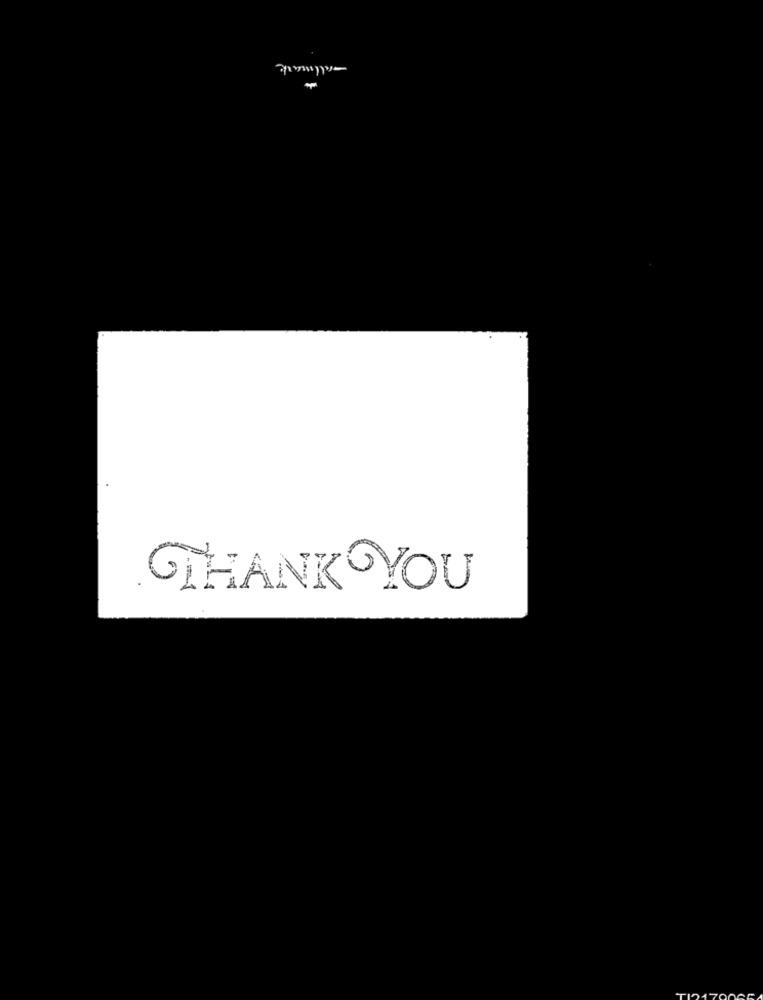
GTHANK YOU